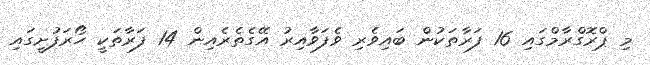
މި ޕްރޮގްރާމްގައި 16 ފަރާތަކުން ބައިވެރި ވެފަވާއިރު އޭގެތެރެއިން 14 ފަރާތަކީ ހޯރަފުށީގައި